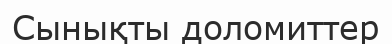
Сынықты доломиттер